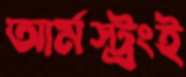
আর্মস্ট্রংই